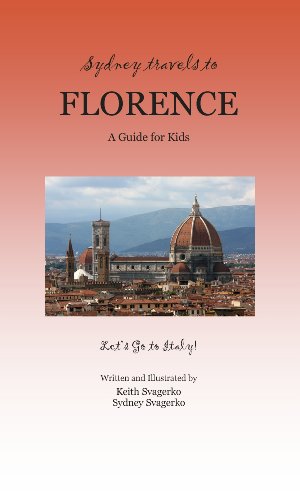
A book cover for Sydney Travels to Florence: A Guide for Kids - Let's Go to Italy!; Keith Svagerko; Children's Books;